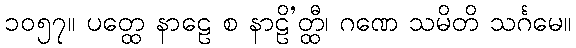
၁၀၅၇။ ပတ္ထေ နာဠေ စ နာဠိ’တ္ထီ၊ ဂဏေ သမိတိ သင်္ဂမေ။